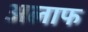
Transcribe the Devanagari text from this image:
अलाफ